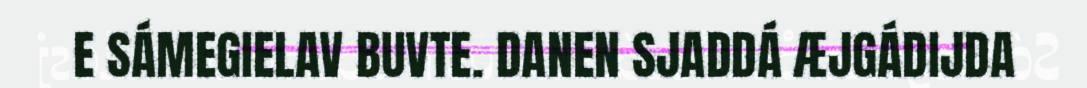
E SÁMEGIELAV BUVTE. DANEN SJADDÁ ÆJGÁDIJDA